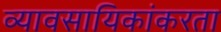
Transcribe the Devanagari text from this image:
व्यावसायिकांकरता